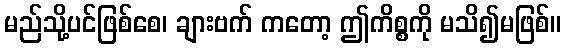
မည်သို့ပင်ဖြစ်စေ၊ ချားဗက် ကတော့ ဤကိစ္စကို မသိ၍မဖြစ်။